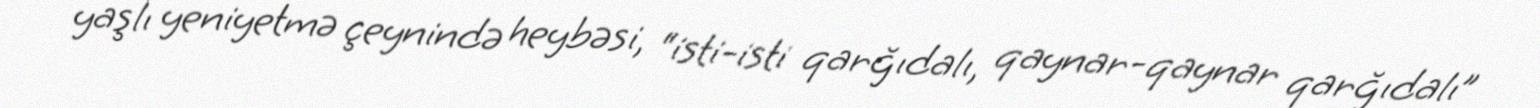
yaşlı yeniyetmə çeynində heybəsi, “isti-isti qarğıdalı, qaynar-qaynar qarğıdalı”